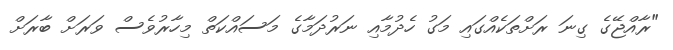
"ރާއްޖޭގެ ގިނަ ރަށްތަކެއްގައި މަގު ހެދުމާއި ނަރުދަމާގެ މަސައްކަތް މިހާރުވެސް ވަރަށް ބާރަށް